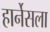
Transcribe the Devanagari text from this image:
हार्नेसला